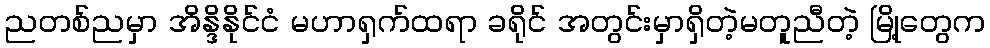
ညတစ်ညမှာ အိန္ဒိနိုင်ငံ မဟာရှက်ထရာ ခရိုင် အတွင်းမှာရှိတဲ့မတူညီတဲ့ မြို့တွေက